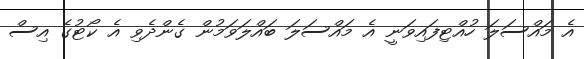
އެ މައްސަލަ ހުއްޓިފައިވަނީ އެ މައްސަލަ ބައްލަވަމުން ގެންދެވި އެ ކޯޓުގެ އިސް